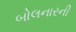
બોલનારની